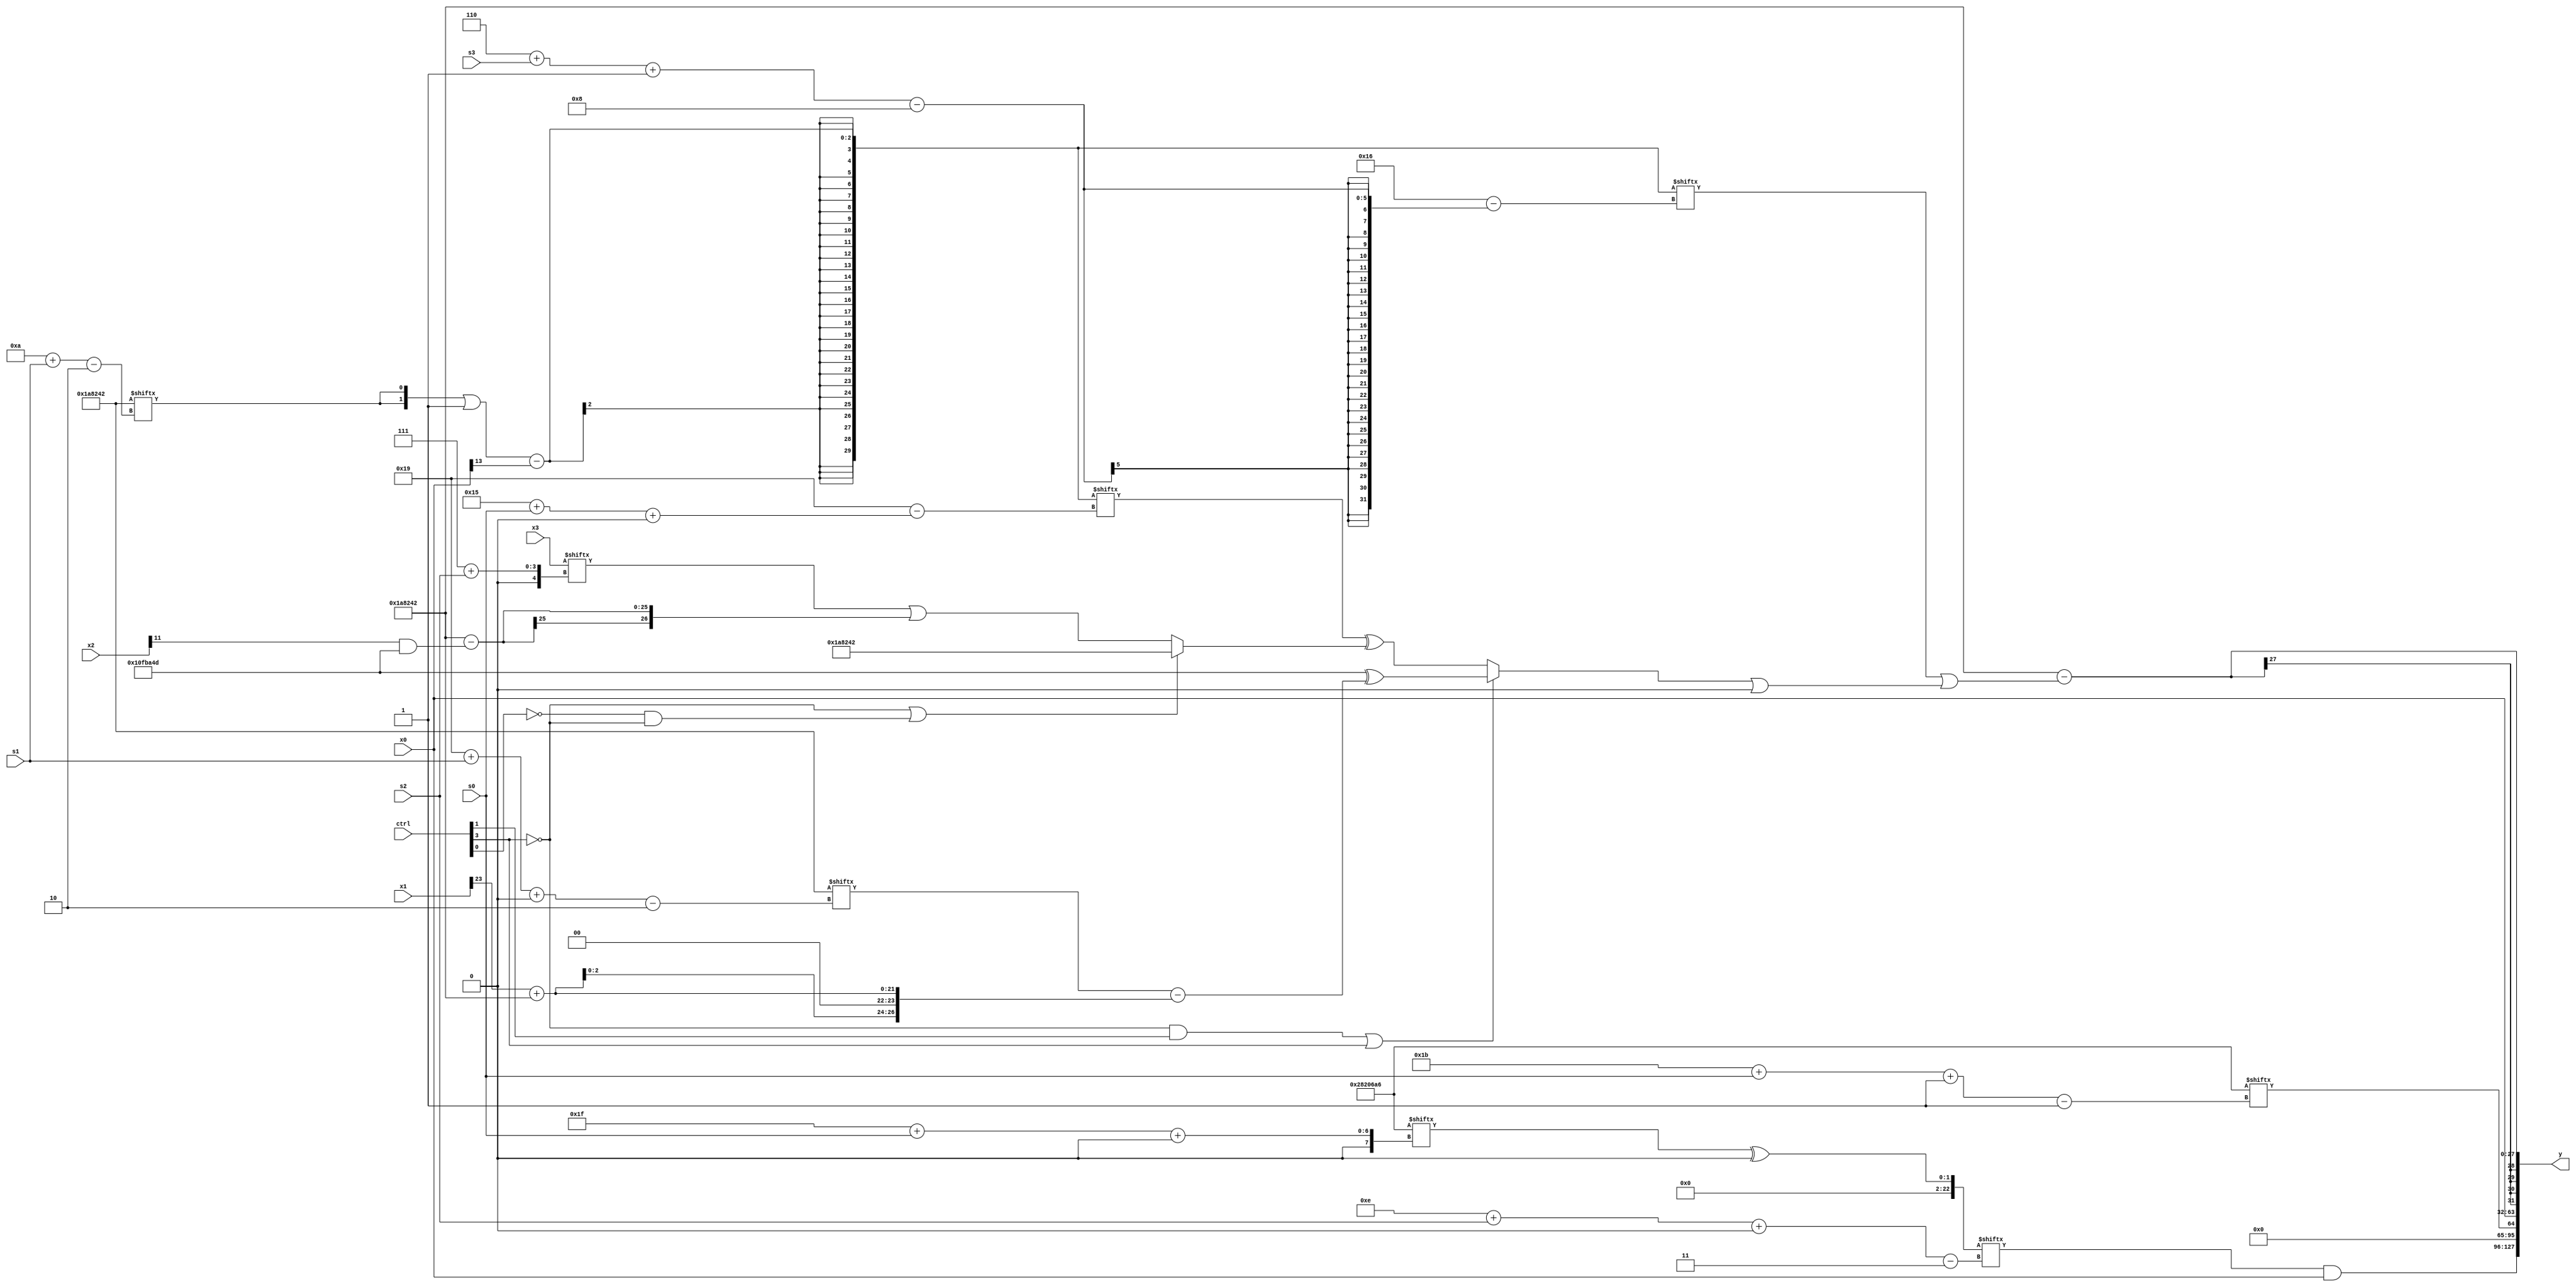
module partsel_00226(ctrl, s0, s1, s2, s3, x0, x1, x2, x3, y);
  input [3:0] ctrl;
  input [2:0] s0;
  input [2:0] s1;
  input [2:0] s2;
  input [2:0] s3;
  input signed [31:0] x0;
  input [31:0] x1;
  input [31:0] x2;
  input [31:0] x3;
  wire signed [7:26] x4;
  wire [28:3] x5;
  wire [5:30] x6;
  wire signed [7:25] x7;
  wire signed [25:2] x8;
  wire signed [25:3] x9;
  wire signed [30:3] x10;
  wire [0:29] x11;
  wire [0:26] x12;
  wire signed [3:26] x13;
  wire [25:4] x14;
  wire [3:31] x15;
  output [127:0] y;
  wire [31:0] y0;
  wire [31:0] y1;
  wire signed [31:0] y2;
  wire [31:0] y3;
  assign y = {y0,y1,y2,y3};
  localparam [4:28] p0 = 51362381;
  localparam signed [29:5] p1 = 156403797;
  localparam [30:7] p2 = 958038594;
  localparam [31:0] p3 = 42075814;
  assign x4 = ({(!ctrl[0] || ctrl[2] && ctrl[1] ? x0[17 +: 1] : (x0[13 +: 3] - p2[5 + s0])), ((ctrl[1] || ctrl[3] || ctrl[1] ? p3[10 + s2] : (!ctrl[0] || !ctrl[3] && ctrl[1] ? x2[18 +: 2] : x0[11 + s0])) & ((x0[19 + s2 +: 5] & p3) ^ p0[19 + s0]))} | x1[2 + s3 +: 4]);
  assign x5 = {2{p3[23 -: 4]}};
  assign x6 = (x5[19 -: 4] & x1[3 + s3 -: 4]);
  assign x7 = (x1[15 +: 2] & x4[14]);
  assign x8 = p2;
  assign x9 = (p3[31 + s0 +: 2] ^ p2[18 +: 3]);
  assign x10 = x4;
  assign x11 = (({2{x8[10 + s1]}} | p0[11 +: 1]) - x0[13 -: 1]);
  assign x12 = (!ctrl[3] && ctrl[1] || ctrl[3] ? (p0 ^ (x8[25 + s1 +: 7] - {2{(x1[23] + p2)}})) : (x11[21 + s0 +: 5] ^ (!ctrl[3] || !ctrl[0] && !ctrl[3] ? p2 : (x3[7 + s2] | (p2 - (x2[11] & p0))))));
  assign x13 = (p2[13 + s1] ^ {2{x12}});
  assign x14 = {{p2[13 +: 2], {(p2[10] | p3), (x6 ^ {2{p3}})}}, {2{x2[20 -: 2]}}};
  assign x15 = (!ctrl[1] && ctrl[0] || ctrl[0] ? x3[23 + s1 +: 2] : x6[20 + s0 +: 3]);
  assign y0 = {2{(x9[14 + s2 +: 1] & {2{x0}})}};
  assign y1 = ({2{{2{p3[16 +: 1]}}}} | p3[27 + s0 -: 1]);
  assign y2 = x0;
  assign y3 = (x8 - (x11[6 + s3 -: 8] | (x12 | p3[22])));
endmodule